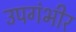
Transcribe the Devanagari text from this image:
उपगंभीर